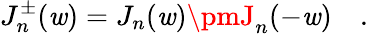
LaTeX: J_{n}^{\pm}(\mathit{w})=J_{n}(\mathit{w})\pmJ_{n}(-\mathit{w})\quad.